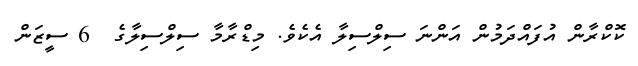
ކޮކްރާން އުފައްދަމުން އަންނަ ސިލްސިލާ އެކެވެ. މިޑްރާމާ ސިލްސިލާގެ  6 ސީޒަން